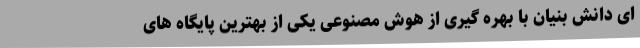
ای دانش بنیان با بهره گیری از هوش مصنوعی یکی از بهترین پایگاه های